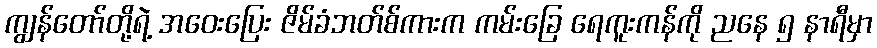
ကျွန်တော်တို့ရဲ့ အဝေးပြေး ဇိမ်ခံဘတ်စ်ကားက ကမ်းခြေ ရေကူးကန်ကို ညနေ ၅ နာရီမှာ